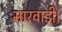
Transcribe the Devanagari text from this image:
मारवाड़ी।